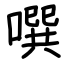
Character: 噀